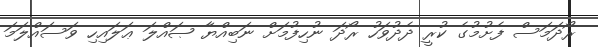
ރޯދަމަސް ފެށުމުގެ ކުރީ ދެދުވަހު ރޯދަ ނުހިފުމަށް ނަބިއްޔާ ޞައްލަ ޢަލައިހި ވަސައްލަމަ